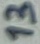
Text: 13